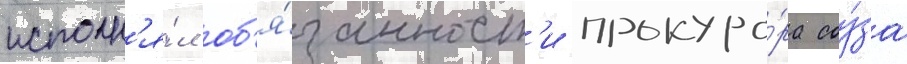
исполн'я́л об'я́занност'и прокуро́ра соу́за